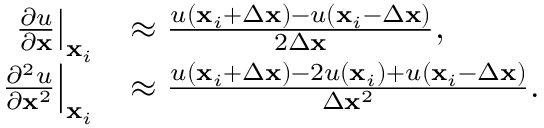
\begin{array} { r l } { \left. \frac { \partial u } { \partial \mathbf { x } } \right| _ { \mathbf { x } _ { i } } } & { \approx \frac { u \left( \mathbf { x } _ { i } + \Delta \mathbf { x } \right) - u \left( \mathbf { x } _ { i } - \Delta \mathbf { x } \right) } { 2 \Delta \mathbf { x } } , } \\ { \left. \frac { \partial ^ { 2 } u } { \partial \mathbf { x } ^ { 2 } } \right| _ { \mathbf { x } _ { i } } } & { \approx \frac { u \left( \mathbf { x } _ { i } + \Delta \mathbf { x } \right) - 2 u \left( \mathbf { x } _ { i } \right) + u \left( \mathbf { x } _ { i } - \Delta \mathbf { x } \right) } { \Delta \mathbf { x } ^ { 2 } } . } \end{array}